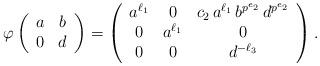
LaTeX: \begin{align*} \varphi\left(\begin{array}{c c} a & b \\ 0 & d \end{array}\right) & = \left(\begin{array}{c c c} a^{\ell_1} & 0 & c_2 \, a^{\ell_1} \, b^{p^{e_2}} \, d^{ p^{e_2} } \\ 0 & a^{\ell_1} & 0 \\ 0 & 0 & d^{- \ell_3} \end{array} \right) . \end{align*}